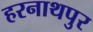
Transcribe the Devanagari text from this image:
हरनाथपुर